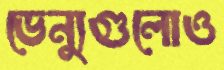
ভেন্যুগুলোও